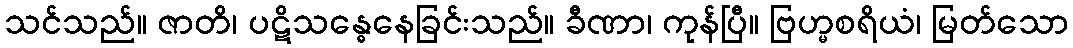
သင်သည်။ ဇာတိ၊ ပဋိသန္ဓေနေခြင်းသည်။ ခီဏာ၊ ကုန်ပြီ။ ဗြဟ္မစရိယံ၊ မြတ်သော